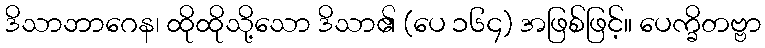
ဒိသာဘာဂေန၊ ထိုထိုသို့သော ဒိသာ၏ (ပေ ၁၆၄) အဖြစ်ဖြင့်။ ပေက္ခိတဗ္ဗာ